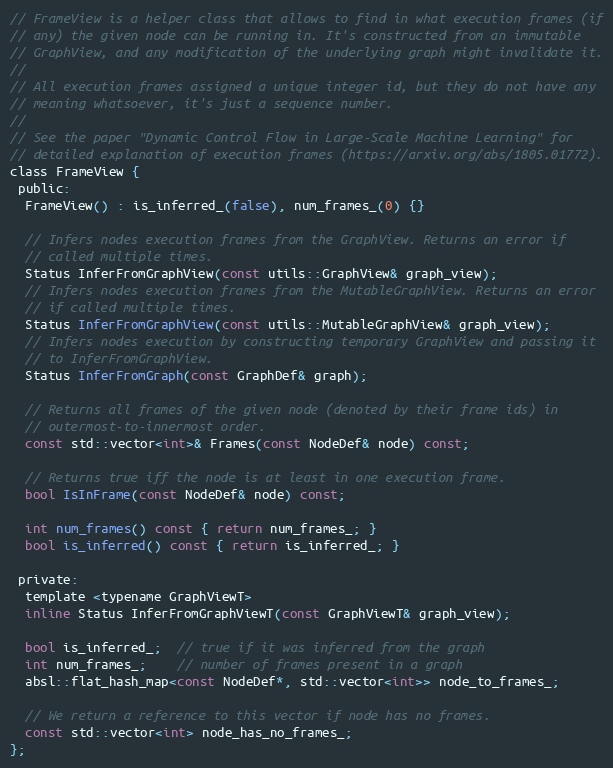
Language: C
// FrameView is a helper class that allows to find in what execution frames (if
// any) the given node can be running in. It's constructed from an immutable
// GraphView, and any modification of the underlying graph might invalidate it.
//
// All execution frames assigned a unique integer id, but they do not have any
// meaning whatsoever, it's just a sequence number.
//
// See the paper "Dynamic Control Flow in Large-Scale Machine Learning" for
// detailed explanation of execution frames (https://arxiv.org/abs/1805.01772).
class FrameView {
 public:
  FrameView() : is_inferred_(false), num_frames_(0) {}

  // Infers nodes execution frames from the GraphView. Returns an error if
  // called multiple times.
  Status InferFromGraphView(const utils::GraphView& graph_view);
  // Infers nodes execution frames from the MutableGraphView. Returns an error
  // if called multiple times.
  Status InferFromGraphView(const utils::MutableGraphView& graph_view);
  // Infers nodes execution by constructing temporary GraphView and passing it
  // to InferFromGraphView.
  Status InferFromGraph(const GraphDef& graph);

  // Returns all frames of the given node (denoted by their frame ids) in
  // outermost-to-innermost order.
  const std::vector<int>& Frames(const NodeDef& node) const;

  // Returns true iff the node is at least in one execution frame.
  bool IsInFrame(const NodeDef& node) const;

  int num_frames() const { return num_frames_; }
  bool is_inferred() const { return is_inferred_; }

 private:
  template <typename GraphViewT>
  inline Status InferFromGraphViewT(const GraphViewT& graph_view);

  bool is_inferred_;  // true if it was inferred from the graph
  int num_frames_;    // number of frames present in a graph
  absl::flat_hash_map<const NodeDef*, std::vector<int>> node_to_frames_;

  // We return a reference to this vector if node has no frames.
  const std::vector<int> node_has_no_frames_;
};